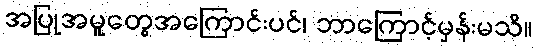
အပြုအမူတွေအကြောင်းပင်၊ ဘာကြောင့်မှန်းမသိ။